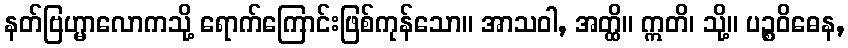
နတ်ဗြဟ္မာလောကသို့ ရောက်ကြောင်းဖြစ်ကုန်သော။ အာသဝါ, အတ္ထိ။ ဣတိ၊ သို့။ ပဉ္စဝိဓေန,